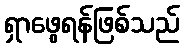
ရှာဖွေရန်ဖြစ်သည်